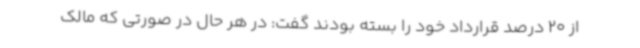
از 20 درصد قرارداد خود را بسته بودند گفت: در هر حال در صورتی که مالک